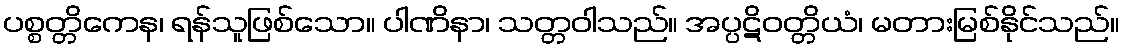
ပစ္စတ္တိကေန၊ ရန်သူဖြစ်သော။ ပါဏိနာ၊ သတ္တဝါသည်။ အပ္ပဋိဝတ္တိယံ၊ မတားမြစ်နိုင်သည်။